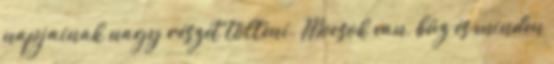
napjainak nagy részét tölteni. Mocsok van, bűz és minden